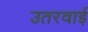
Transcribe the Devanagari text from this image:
उतरवाई